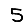
Digit: 5